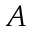
A